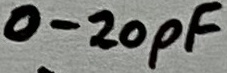
Text: 0-20pF